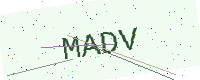
Text: MADV